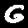
Label: 6